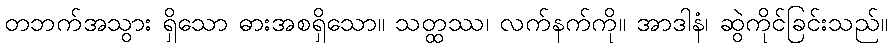
တဘက်အသွား ရှိသော ဓားအစရှိသော။ သတ္ထဿ၊ လက်နက်ကို။ အာဒါနံ၊ ဆွဲကိုင်ခြင်းသည်။